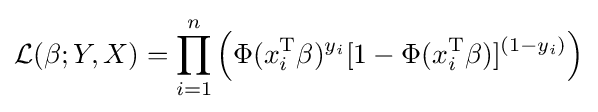
{\mathcal {L}}(\beta ;Y,X)=\prod _{i=1}^{n}\left(\Phi (x_{i}^{\operatorname {T} }\beta )^{y_{i}}[1-\Phi (x_{i}^{\operatorname {T} }\beta )]^{(1-y_{i})}\right)